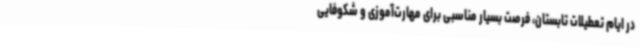
در ایام تعطیلات تابستان، فرصت بسیار مناسبی برای مهارت‌آموزی و شکوفایی